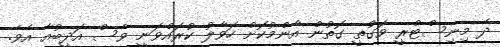
ދެ މިނިސްޓްރީ ވަގުތީ ގޮތުން އާންމުކޮށް ހަވާލު ކުރައްވަނީ ވެސް އަދީބުއާ އެވެ.